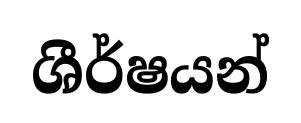
ශීර්ෂයන්